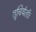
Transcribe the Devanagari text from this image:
शुचिर्यतौ।